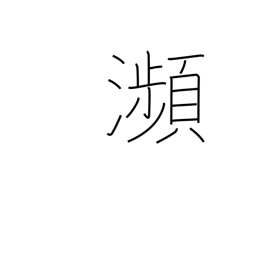
Meaning: brink